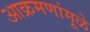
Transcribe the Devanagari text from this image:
आक्रमणांमूळे